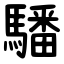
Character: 䮳